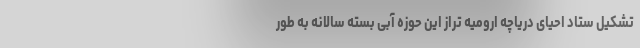
تشکیل ستاد احیای دریاچه ارومیه تراز این حوزه آبی بسته سالانه به طور